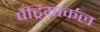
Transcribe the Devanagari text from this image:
पैट्रियार्कल